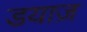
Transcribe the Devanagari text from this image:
डयाज़